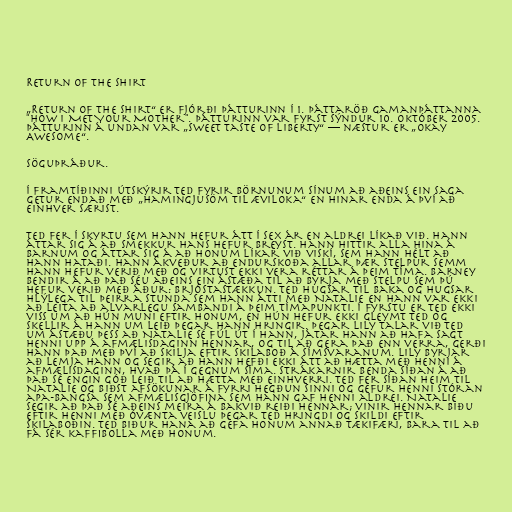
Return of the Shirt

„Return of the Shirt“ er fjórði þátturinn í 1. þáttaröð gamanþáttanna
"How I Met Your Mother". Þátturinn var fyrst sýndur 10. október 2005.
Þátturinn á undan var „Sweet Taste of Liberty“ — næstur er „Okay
Awesome“.

Söguþráður.

Í framtíðinni útskýrir Ted fyrir börnunum sínum að aðeins ein saga
getur endað með „hamingjusöm til æviloka“ en hinar enda á því að
einhver særist.

Ted fer í skyrtu sem hann hefur átt í sex ár en aldrei líkað við. Hann
áttar sig á að smekkur hans hefur breyst. Hann hittir alla hina á
barnum og áttar sig á að honum líkar við viskí, sem hann hélt að
hann hataði. Hann ákveður að endurskoða allar þær stelpur semm
hann hefur verið með og virtust ekki vera réttar á þeim tíma. Barney
bendir á að það séu aðeins ein ástæða til að byrja með stelpu sem þú
hefur verið með áður: brjóstastækkun. Ted hugsar til baka og hugsar
hlýlega til þeirra stunda sem hann átti með Natalie en hann var ekki
að leita að alvarlegu sambandi á þeim tímapunkti. Í fyrstu er Ted ekki
viss um að hún muni eftir honum, en hún hefur ekki gleymt Ted og
skellir á hann um leið þegar hann hringir. Þegar Lily talar við Ted
um ástæðu þess að Natalie sé fúl út í hann, játar hann að hafa sagt
henni upp á afmælisdaginn hennar, og til að gera það enn verra, gerði
hann það með því að skilja eftir skilaboð á símsvaranum. Lily byrjar
að lemja hann og segir að hann hefði ekki átt að hætta með henni á
afmælisdaginn, hvað þá í gegnum síma. Strákarnir benda síðan á að
það sé engin góð leið til að hætta með einhverri. Ted fer síðan heim til
Natalie og biðst afsökunar á fyrri hegðun sinni og gefur henni stóran
apa-bangsa sem afmælisgjöfina sem hann gaf henni aldrei. Natalie
segir að það sé aðeins meira á bakvið reiði hennar; vinir hennar biðu
eftir henni með óvænta veislu þegar Ted hringdi og skildi eftir
skilaboðin. Ted biður hana að gefa honum annað tækifæri, bara til að
fá sér kaffibolla með honum.